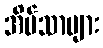
အိမ်သာများ